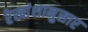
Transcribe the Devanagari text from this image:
रेखांशानुसार